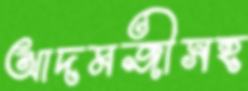
আদমজীসহ